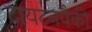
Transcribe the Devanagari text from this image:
टायटनपैकी